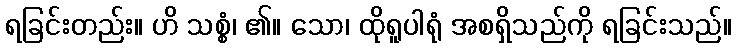
ရခြင်းတည်း။ ဟိ သစ္စံ၊ ၏။ သော၊ ထိုရူပါရုံ အစရှိသည်ကို ရခြင်းသည်။